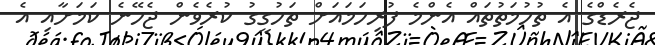
ޖެރެޑްގެ އެ ތުހުމަތުތައް އެންމެ ފުރިހަމައަށް ތަހުގީގު ކުރެވެން ޖެހޭނެ ކަމަށާއި އެ